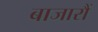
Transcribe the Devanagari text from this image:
बाजारौं